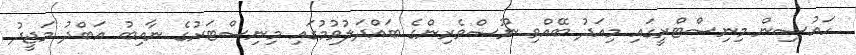
ހައުސިން މިނިސްޓްރީގައި މިއަދު ބޭއްވި ނޫސްވެރިންގެ ބައްދަލުވުމުގައި މިނިސްޓަރުގެ ނާއިބު އަބްދު މަޖީދު